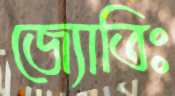
জ্যোতিঃ